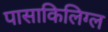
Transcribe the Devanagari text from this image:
पासाकिलिग्ल